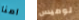
امنا لوميس